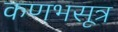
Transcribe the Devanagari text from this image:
कणभसूत्र